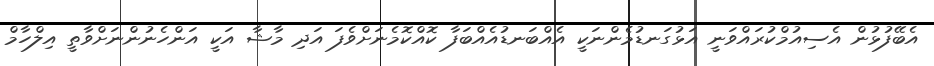
އެބޭފުޅުން އެސިއުމްކުރައްވަނީ އަޅުގަނޑުމެންނަކީ އެއްބަނޑުއެއްބަފާ ކޮއްކޮމެނަށްވެފަ އަދި މާޝާ އަކީ އަންހެނުންނަށްވާތީ އިލްހާމް